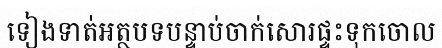
ទៀងទាត់អត្ថបទបន្ទាប់ចាក់សោរផ្ទះទុកចោល